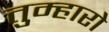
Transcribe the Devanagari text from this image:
तुम्‍हारो